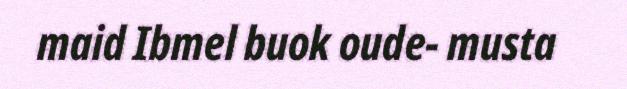
maid Ibmel buok oude- musta